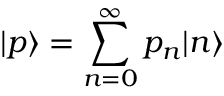
| p \rangle = \sum _ { n = 0 } ^ { \infty } p _ { n } | n \rangle